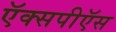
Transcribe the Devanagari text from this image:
ऍक्सपीऍस